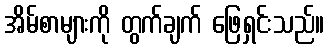
အိမ်စာများကို တွက်ချက် ဖြေရှင်းသည်။